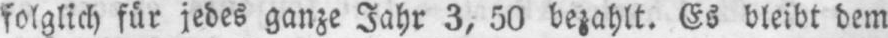
folglich für jedes ganze Jahr 3,50 bezahlt. Es bleibt dem